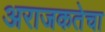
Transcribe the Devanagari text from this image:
अराजकतेचा